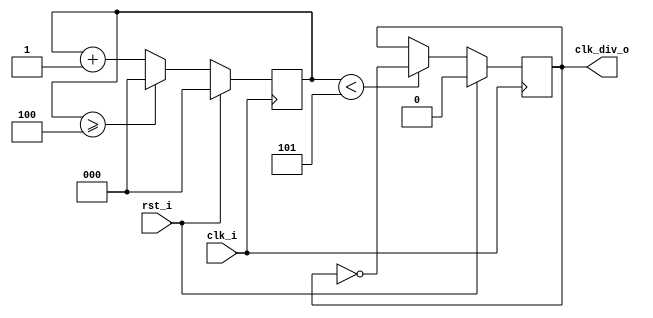
//  

module clock_divider_even #(
    parameter TCQ   =   1,
    parameter C_DIV =   10
)(
    input   wire    clk_i,
    input   wire    rst_i,
    output  wire    clk_div_o
);

    reg  [$clog2(C_DIV/2)-1:0]  cnt         ;
    reg                         clk_div     ;

    always @(posedge clk_i) begin
        if (rst_i) begin
            cnt <=  #TCQ 'd0;
        end else begin
            if (cnt >= (C_DIV/2 - 1)) begin
                cnt <=  #TCQ 'd0;
            end else begin
                cnt <=  #TCQ cnt + 'd1;
            end
        end
    end

    always @(posedge clk_i) begin
        if (rst_i) begin
            clk_div <=  #TCQ 'b0;
        end else if (cnt < (C_DIV/2)) begin
            clk_div <=  #TCQ ~clk_div;
        end
    end

    assign  clk_div_o   =   clk_div;

endmodule